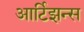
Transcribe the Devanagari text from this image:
आर्टिझन्स